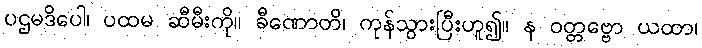
ပဌမဒိပေါ၊ ပထမ ဆီမီးကို။ ခီဏောတိ၊ ကုန်သွားပြီးဟူ၍။ န ဝတ္တဗ္ဗော ယထာ၊